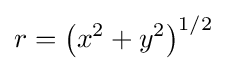
r=\left(x^{2}+y^{2}\right)^{1/2}